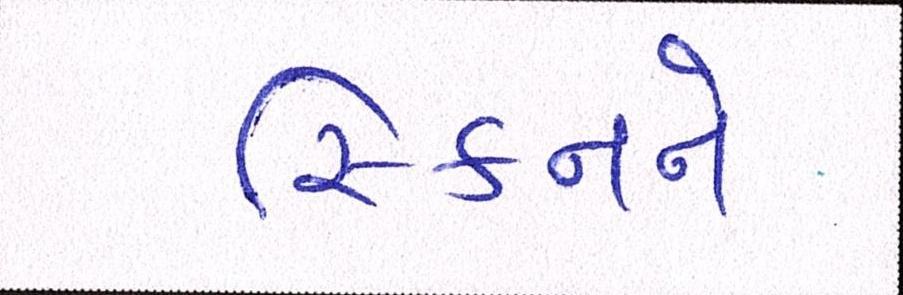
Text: સ્કિનને